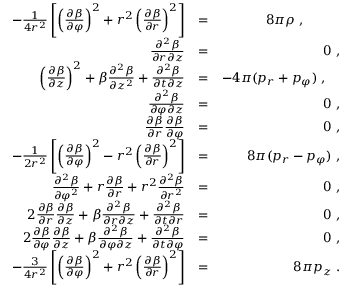
\begin{array} { r l r } { - \frac { 1 } { 4 r ^ { 2 } } \left[ \left( \frac { \partial \beta } { \partial \varphi } \right) ^ { 2 } + r ^ { 2 } \left( \frac { \partial \beta } { \partial r } \right) ^ { 2 } \right] } & { = } & { 8 \pi \rho \; , \; \; \; \; \; \; \; \; \; \; } \\ { \frac { \partial ^ { 2 } \beta } { \partial r \partial z } } & { = } & { 0 \; , } \\ { \left( \frac { \partial \beta } { \partial z } \right) ^ { 2 } + \beta \frac { \partial ^ { 2 } \beta } { \partial z ^ { 2 } } + \frac { \partial ^ { 2 } \beta } { \partial t \partial z } } & { = } & { - 4 \pi ( p _ { r } + p _ { \varphi } ) \; , \; \; \; \; } \\ { \frac { \partial ^ { 2 } \beta } { \partial \varphi \partial z } } & { = } & { 0 \; , } \\ { \frac { \partial \beta } { \partial r } \frac { \partial \beta } { \partial \varphi } } & { = } & { 0 \; , } \\ { - \frac { 1 } { 2 r ^ { 2 } } \left[ \left( \frac { \partial \beta } { \partial \varphi } \right) ^ { 2 } - r ^ { 2 } \left( \frac { \partial \beta } { \partial r } \right) ^ { 2 } \right] } & { = } & { 8 \pi ( p _ { r } - p _ { \varphi } ) \; , } \\ { \frac { \partial ^ { 2 } \beta } { \partial \varphi ^ { 2 } } + r \frac { \partial \beta } { \partial r } + r ^ { 2 } \frac { \partial ^ { 2 } \beta } { \partial r ^ { 2 } } } & { = } & { 0 \; , } \\ { 2 \frac { \partial \beta } { \partial r } \frac { \partial \beta } { \partial z } + \beta \frac { \partial ^ { 2 } \beta } { \partial r \partial z } + \frac { \partial ^ { 2 } \beta } { \partial t \partial r } } & { = } & { 0 \; , } \\ { 2 \frac { \partial \beta } { \partial \varphi } \frac { \partial \beta } { \partial z } + \beta \frac { \partial ^ { 2 } \beta } { \partial \varphi \partial z } + \frac { \partial ^ { 2 } \beta } { \partial t \partial \varphi } } & { = } & { 0 \; , } \\ { - \frac { 3 } { 4 r ^ { 2 } } \left[ \left( \frac { \partial \beta } { \partial \varphi } \right) ^ { 2 } + r ^ { 2 } \left( \frac { \partial \beta } { \partial r } \right) ^ { 2 } \right] } & { = } & { 8 \pi p _ { z } \; . } \end{array}